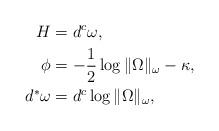
LaTeX: \begin{align*} H &= d^c\omega,\\ \phi & = -\frac{1}{2}\log \|\Omega\|_\omega - \kappa,\\ d^*\omega & = d^c \log \|\Omega\|_\omega, \end{align*}